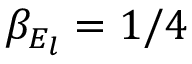
\beta _ { E _ { l } } = 1 / 4